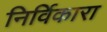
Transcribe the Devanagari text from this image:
निर्विकारा